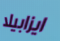
ايزابيلا